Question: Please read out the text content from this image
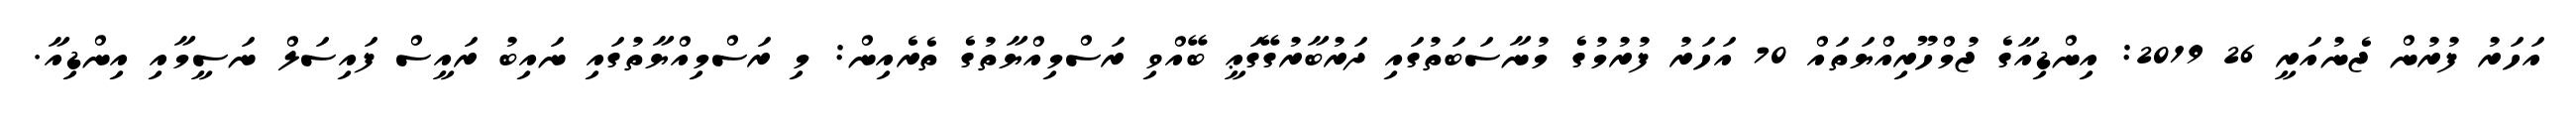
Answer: އަހަރު ފުރުން ޖެނުއަރީ 26 2019: އިންޑިއާގެ ޖުމްހޫރިއްޔަތައް 70 އަހަރު ފުރުމުގެ މުނާސަބަތުގައި ދަރުބާރުގޭގަޢީ ބޭއްވި ރަސްމިއްޔާތުގެ ތެރެއިން: މި ރަސްމިއްޔާތުގައި ނައިބު ރައީސް ފައިސަލް ނަސީމާއި އިންޑިއާ.